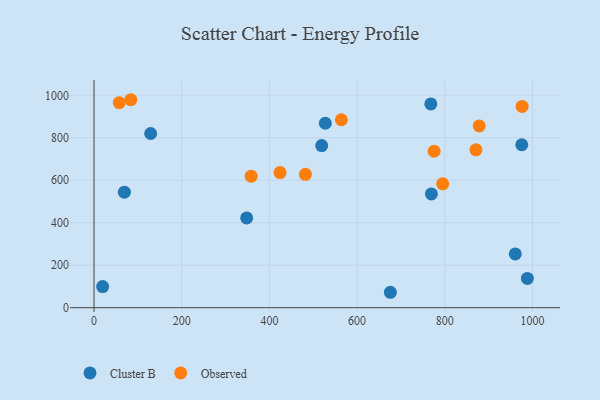
{"axis": {"x": "Distance", "y": "Rating"}, "legend": ["Cluster B", "Observed"], "data": [{"x": "19.6", "y": 99.5, "type": "Cluster B"}, {"x": "988.5", "y": 137.6, "type": "Cluster B"}, {"x": "527.6", "y": 868.5, "type": "Cluster B"}, {"x": "769.6", "y": 535.9, "type": "Cluster B"}, {"x": "768.3", "y": 959.4, "type": "Cluster B"}, {"x": "348.2", "y": 422.6, "type": "Cluster B"}, {"x": "975.7", "y": 767.1, "type": "Cluster B"}, {"x": "960.9", "y": 253.2, "type": "Cluster B"}, {"x": "519.3", "y": 763.2, "type": "Cluster B"}, {"x": "69.2", "y": 544.0, "type": "Cluster B"}, {"x": "676.0", "y": 72.6, "type": "Cluster B"}, {"x": "129.2", "y": 820.1, "type": "Cluster B"}, {"x": "878.7", "y": 855.9, "type": "Observed"}, {"x": "775.8", "y": 736.7, "type": "Observed"}, {"x": "564.2", "y": 885.0, "type": "Observed"}, {"x": "976.6", "y": 947.7, "type": "Observed"}, {"x": "795.3", "y": 583.4, "type": "Observed"}, {"x": "424.3", "y": 636.4, "type": "Observed"}, {"x": "83.9", "y": 979.2, "type": "Observed"}, {"x": "482.2", "y": 628.1, "type": "Observed"}, {"x": "871.2", "y": 743.4, "type": "Observed"}, {"x": "358.5", "y": 619.3, "type": "Observed"}, {"x": "57.5", "y": 965.4, "type": "Observed"}]}